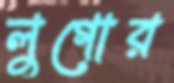
লুগোর